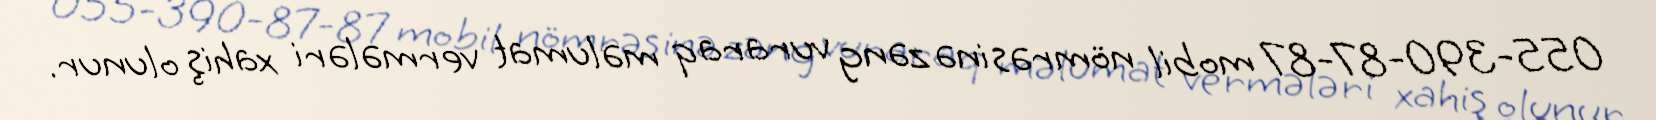
055-390-87-87 mobil nömrəsinə zəng vuraraq məlumat vermələri xahiş olunur.